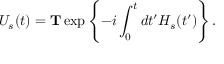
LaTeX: U _ { s } ( t ) = \mathbf { T } \exp \left\{ - i \int _ { 0 } ^ { t } d t ^ { \prime } H _ { s } ( t ^ { \prime } ) \right\} .